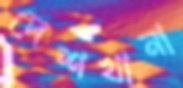
দেশখানা